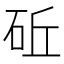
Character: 䂡